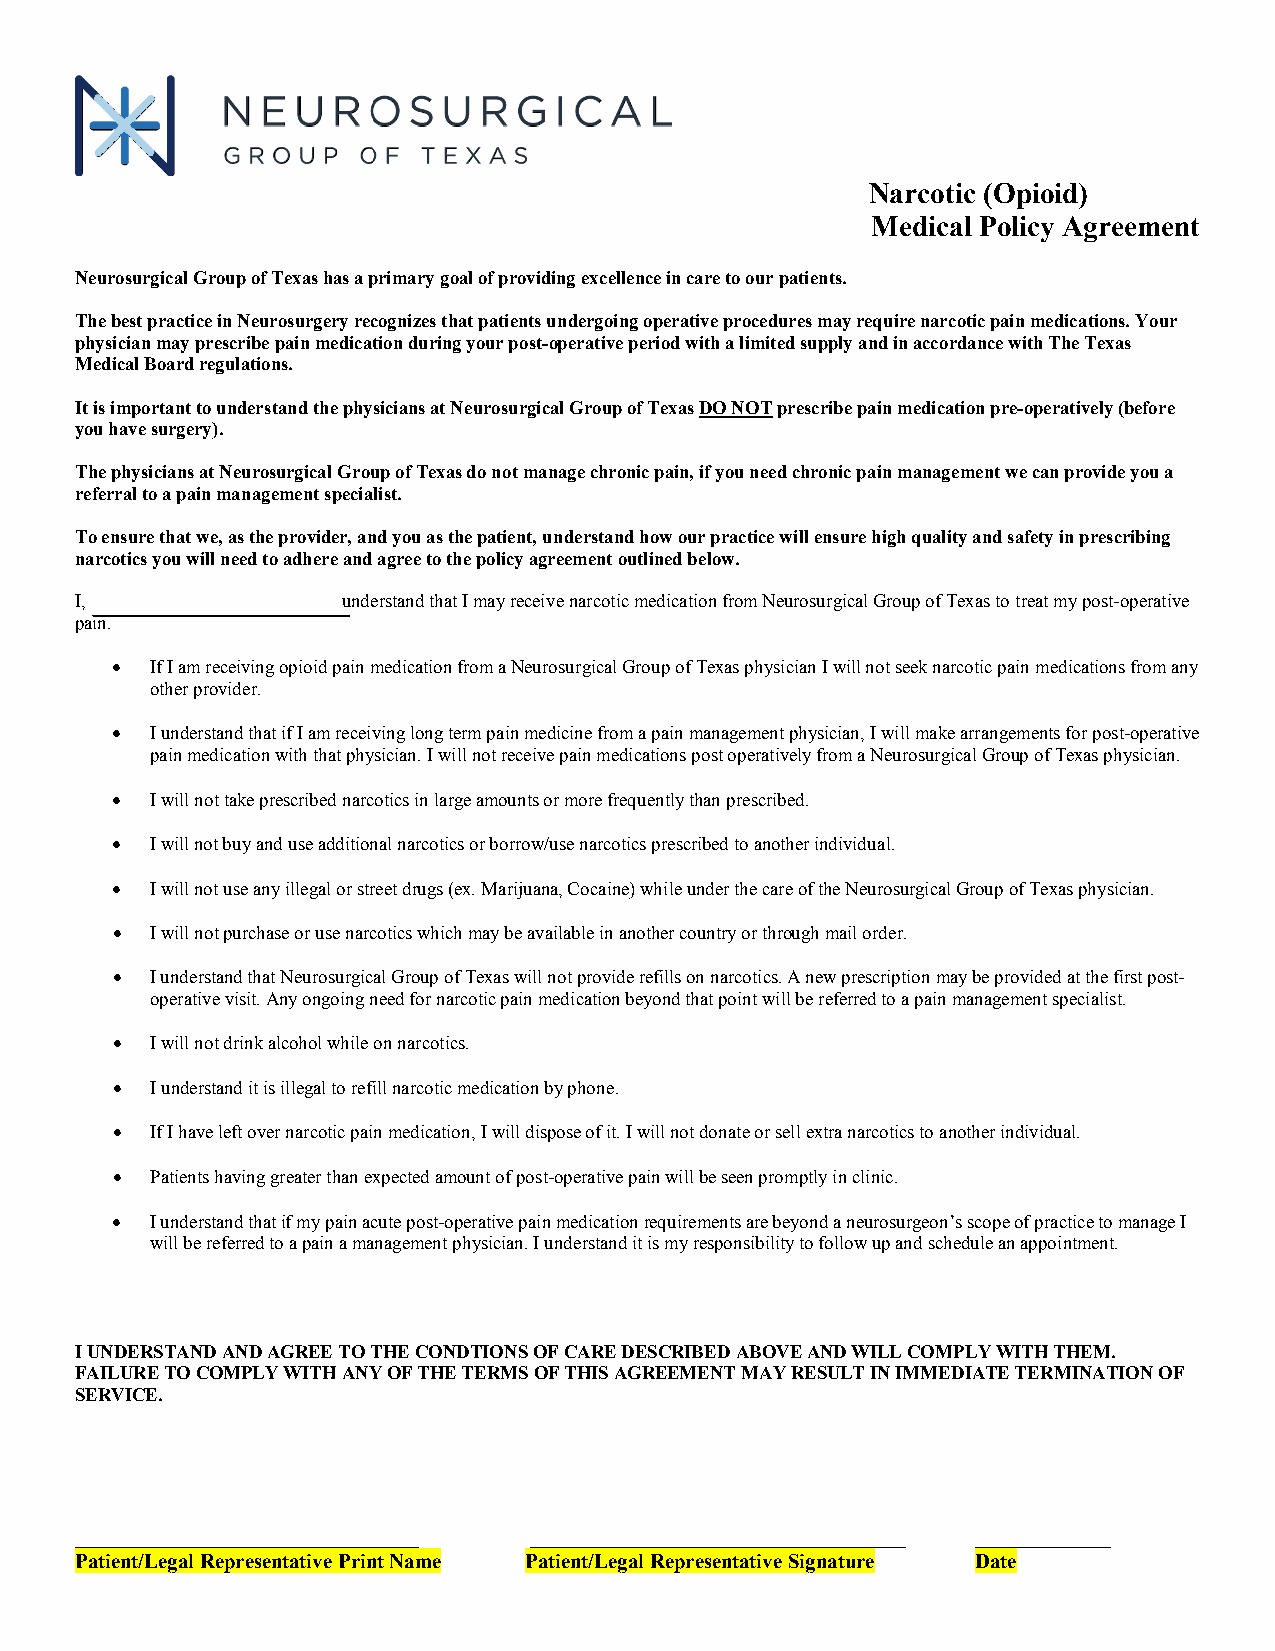
Narcotic (Opioid)
 Medical Policy Agreement
 Neurosurgical Group of Texas has a primary goal of providing excellence in care to our patients.
 The best practice in Neurosurgery recognizes that patients undergoing operative procedures may require narcotic pain medications. Your
 physician may prescribe pain medication during your post-operative period with a limited supply and in accordance with The Texas
 Medical Board regulations.
 It is important to understand the physicians at Neurosurgical Group of Texas DO NOT prescribe pain medication pre-operatively (before
 you have surgery).
 The physicians at Neurosurgical Group of Texas do not manage chronic pain, if you need chronic pain management we can provide you a
 referral to a pain management specialist.
 To ensure that we, as the provider, and you as the patient, understand how our practice will ensure high quality and safety in prescribing
 narcotics you will need to adhere and agree to the policy agreement outlined below.
 I,                understand that I may receive narcotic medication from Neurosurgical Group of Texas to treat my post-operative
 pain.
 •  If I am receiving opioid pain medication from a Neurosurgical Group of Texas physician I will not seek narcotic pain medications from any
 other provider.
 •  I understand that if I am receiving long term pain medicine from a pain management physician, I will make arrangements for post-operative
 pain medication with that physician. I will not receive pain medications post operatively from a Neurosurgical Group of Texas physician.
 •  I will not take prescribed narcotics in large amounts or more frequently than prescribed.
 •  I will not buy and use additional narcotics or borrow/use narcotics prescribed to another individual.
 •  I will not use any illegal or street drugs (ex. Marijuana, Cocaine) while under the care of the Neurosurgical Group of Texas physician.
 •  I will not purchase or use narcotics which may be available in another country or through mail order.
 •  I understand that Neurosurgical Group of Texas will not provide refills on narcotics. A new prescription may be provided at the first post-
 operative visit. Any ongoing need for narcotic pain medication beyond that point will be referred to a pain management specialist.
 •  I will not drink alcohol while on narcotics.
 •  I understand it is illegal to refill narcotic medication by phone.
 •  If I have left over narcotic pain medication, I will dispose of it. I will not donate or sell extra narcotics to another individual.
 •  Patients having greater than expected amount of post-operative pain will be seen promptly in clinic.
 •  I understand that if my pain acute post-operative pain medication requirements are beyond a neurosurgeon’s scope of practice to manage I
 will be referred to a pain a management physician. I understand it is my responsibility to follow up and schedule an appointment.
 I UNDERSTAND AND AGREE TO THE CONDTIONS OF CARE DESCRIBED ABOVE AND WILL COMPLY WITH THEM.
 FAILURE TO COMPLY WITH ANY OF THE TERMS OF THIS AGREEMENT MAY RESULT IN IMMEDIATE TERMINATION OF
 SERVICE.
 _________________________________ ____________________________________ _____________
 Patient/Legal Representative Print Name Patient/Legal Representative Signature Date